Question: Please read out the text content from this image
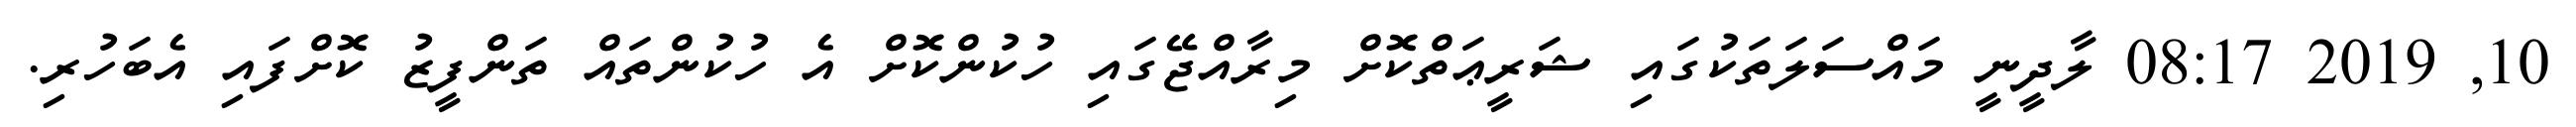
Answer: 10, 2019 08:17 ލާދީނީ މައްސަލަތަކުގައި ޝަރީޢަތްކޮށް މިރާއްޖޭގައި ހުކުންކޮށް އެ ހުކުންތައް ތަންފީޒު ކޮށްފައި އެބަހުރި.